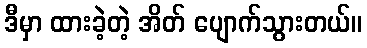
ဒီမှာ ထားခဲ့တဲ့ အိတ် ပျောက်သွားတယ်။